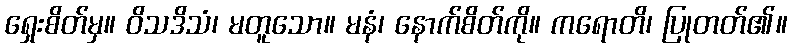
ရှေးစိတ်မှ။ ဝိသဒိသံ၊ မတူသော။ မနံ၊ နောက်စိတ်ကို။ ကရောတိ၊ ပြုတတ်၏။